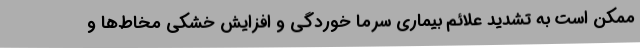
ممکن است به تشدید علائم بیماری سرما خوردگی و افزایش خشکی مخاط‌ها و